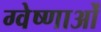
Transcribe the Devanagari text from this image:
ग्वेष्णाओं